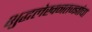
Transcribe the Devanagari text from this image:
शुद्धलेखनतज्‍ज्ञांचा